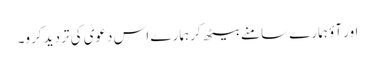
اور آؤ ہمارے سامنے بیٹھ کر ہمارے اس دعوی کی تردید کرو۔